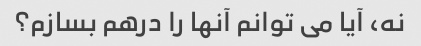
نه، آیا می توانم آنها را درهم بسازم؟